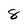
Character: 8